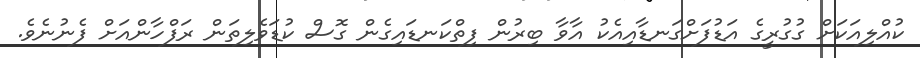
ކުއްލިއަކަށް ގުގުރީގެ އަޑުފަށްގަނޑާއިއެކު އާވާ ބިރުން ފިތްކަނޑައިގެން ގޮސް ކުޑަވެލިތަން ރަފްހާންއަށް ފެނުނެވެ.